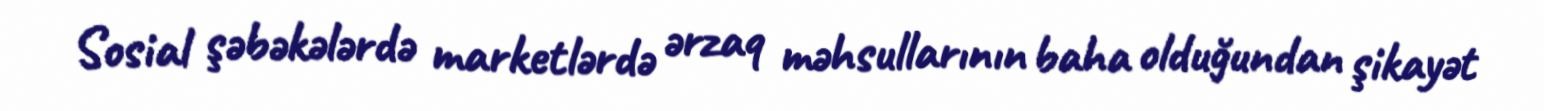
Sosial şəbəkələrdə marketlərdə ərzaq məhsullarının baha olduğundan şikayət